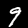
Label: 9